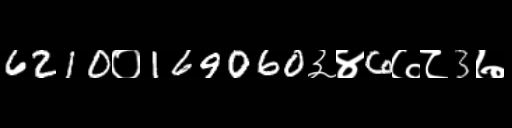
Text: 6210०169060३४6७८3७